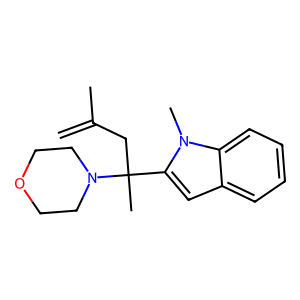
SMILES: C=C(C)CC(C)(c1cc2ccccc2n1C)N1CCOCC1
Inhibits HIV replication: No